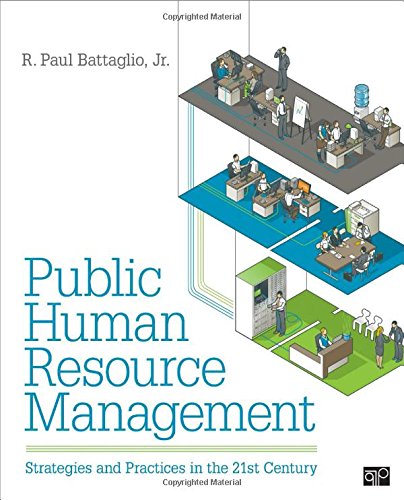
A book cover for Public Human Resource Management: Strategies and Practices in the 21stCentury; Reference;